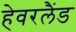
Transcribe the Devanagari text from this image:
हेवरलैंड